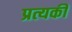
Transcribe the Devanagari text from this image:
प्रत्यकी